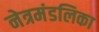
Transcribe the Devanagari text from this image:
नेत्रमंडलिका